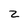
Character: 2